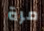
مرة